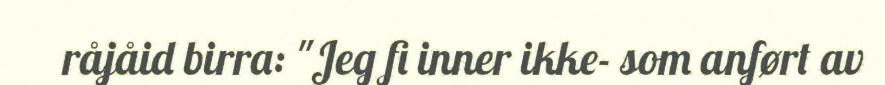
råjåid birra: "Jeg fi inner ikke- som anført av